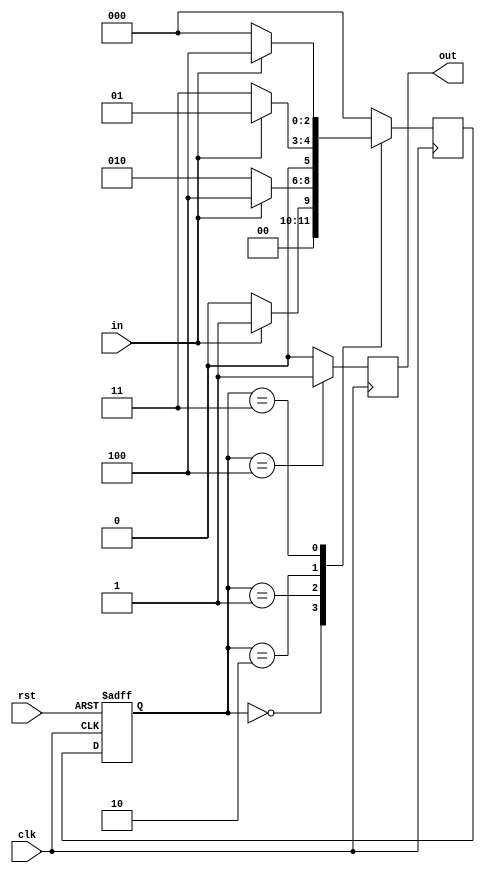
module top(
    input wire clk,
    input wire rst,
    input wire in,
    output reg out
);

parameter IDLE = 3'b000;
parameter S1 = 3'b001;
parameter S2 = 3'b010;
parameter S3 = 3'b011;
parameter READY = 3'b100;

reg [2:0] state_reg, state_next;

initial begin
    state_reg = IDLE;
end

// FSM state register

always @(posedge clk or posedge rst) begin
    if (rst) begin // High-active reset
        state_reg <= IDLE;
    end else begin
        state_reg <= state_next;
    end
end

// Next state logic

always @(posedge clk) begin
    case (state_reg)
        IDLE: state_next = (in) ? S1 : IDLE;
        S1: state_next = (in) ? READY : S2;
        S2: state_next = (in) ? S1 : S3;
        S3: state_next = (in) ? READY : IDLE;
        default: state_next = IDLE; // Default state
    endcase
end

// Output logic

always @(posedge clk) begin
    case (state_reg)
        IDLE: out = 1'b0;
        S1: out = 1'b0;
        S2: out = 1'b0;
        S3: out = 1'b0;
        READY: out = 1'b1;
        default: out = 1'b0; // Default case to avoid latches
    endcase
end

endmodule